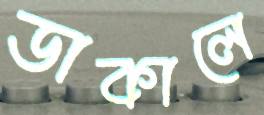
ডাকালে